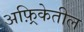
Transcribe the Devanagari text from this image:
अफ़्रिकेतील